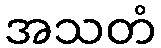
အသတံ